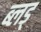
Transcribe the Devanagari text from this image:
ब्लड्